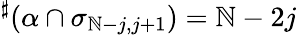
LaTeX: {}^{\sharp}(\alpha\cap\sigma_{\mathbb{N}-j,j+1})=\mathbb{N}-2j